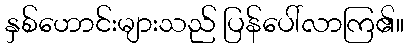
နှစ်ဟောင်းများသည် ပြန်ပေါ်လာကြ၏။